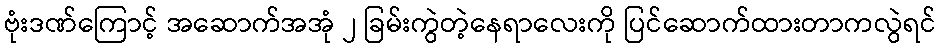
ဗုံးဒဏ်ကြောင့် အဆောက်အအုံ ၂ ခြမ်းကွဲတဲ့နေရာလေးကို ပြင်ဆောက်ထားတာကလွဲရင်